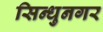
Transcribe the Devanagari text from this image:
सिन्धुनगर